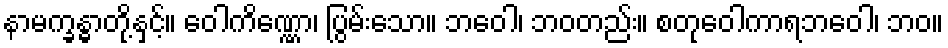
နာမက္ခန္ဓာတို့နှင့်။ ဝေါကိဏ္ဏော၊ ပြွမ်းသော။ ဘဝေါ၊ ဘဝတည်း။ စတုဝေါကာရဘဝေါ၊ ဘဝ။